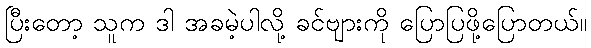
ပြီးတော့ သူက ဒါ အခမဲ့ပါလို့ ခင်ဗျားကို ပြောပြဖို့ပြောတယ်။